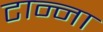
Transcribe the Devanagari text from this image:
टान्ना